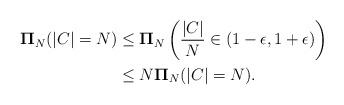
LaTeX: \begin{align*} \mathbf{\Pi}_{N}(|C|=N) &\leq \mathbf{\Pi}_{N} \left( \frac{|C|}{N} \in (1-\epsilon, 1+\epsilon) \right) \\ & \leq N \mathbf{\Pi}_{N}(|C|=N). \end{align*}